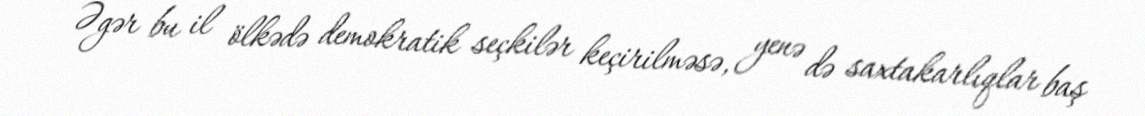
- Əgər bu il ölkədə demokratik seçkilər keçirilməsə, yenə də saxtakarlıqlar baş